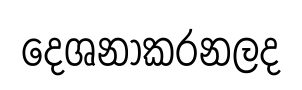
දෙශනාකරනලද